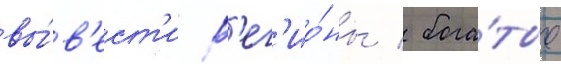
вы́в'ест'и р'ег'ио́ны / бога́тые